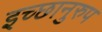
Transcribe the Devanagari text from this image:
इच्छानुरुप